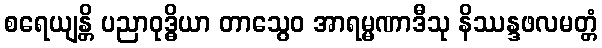
စရေယျန္တိ ပညာဝုဒ္ဓိယာ တာသွေဝ အာရမ္မဏာဒီသု နိဿန္ဒဖလမတ္တံ